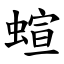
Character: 蝖